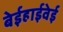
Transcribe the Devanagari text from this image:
बेईहाईवेई